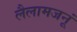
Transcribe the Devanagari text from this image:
लैलामजनूं